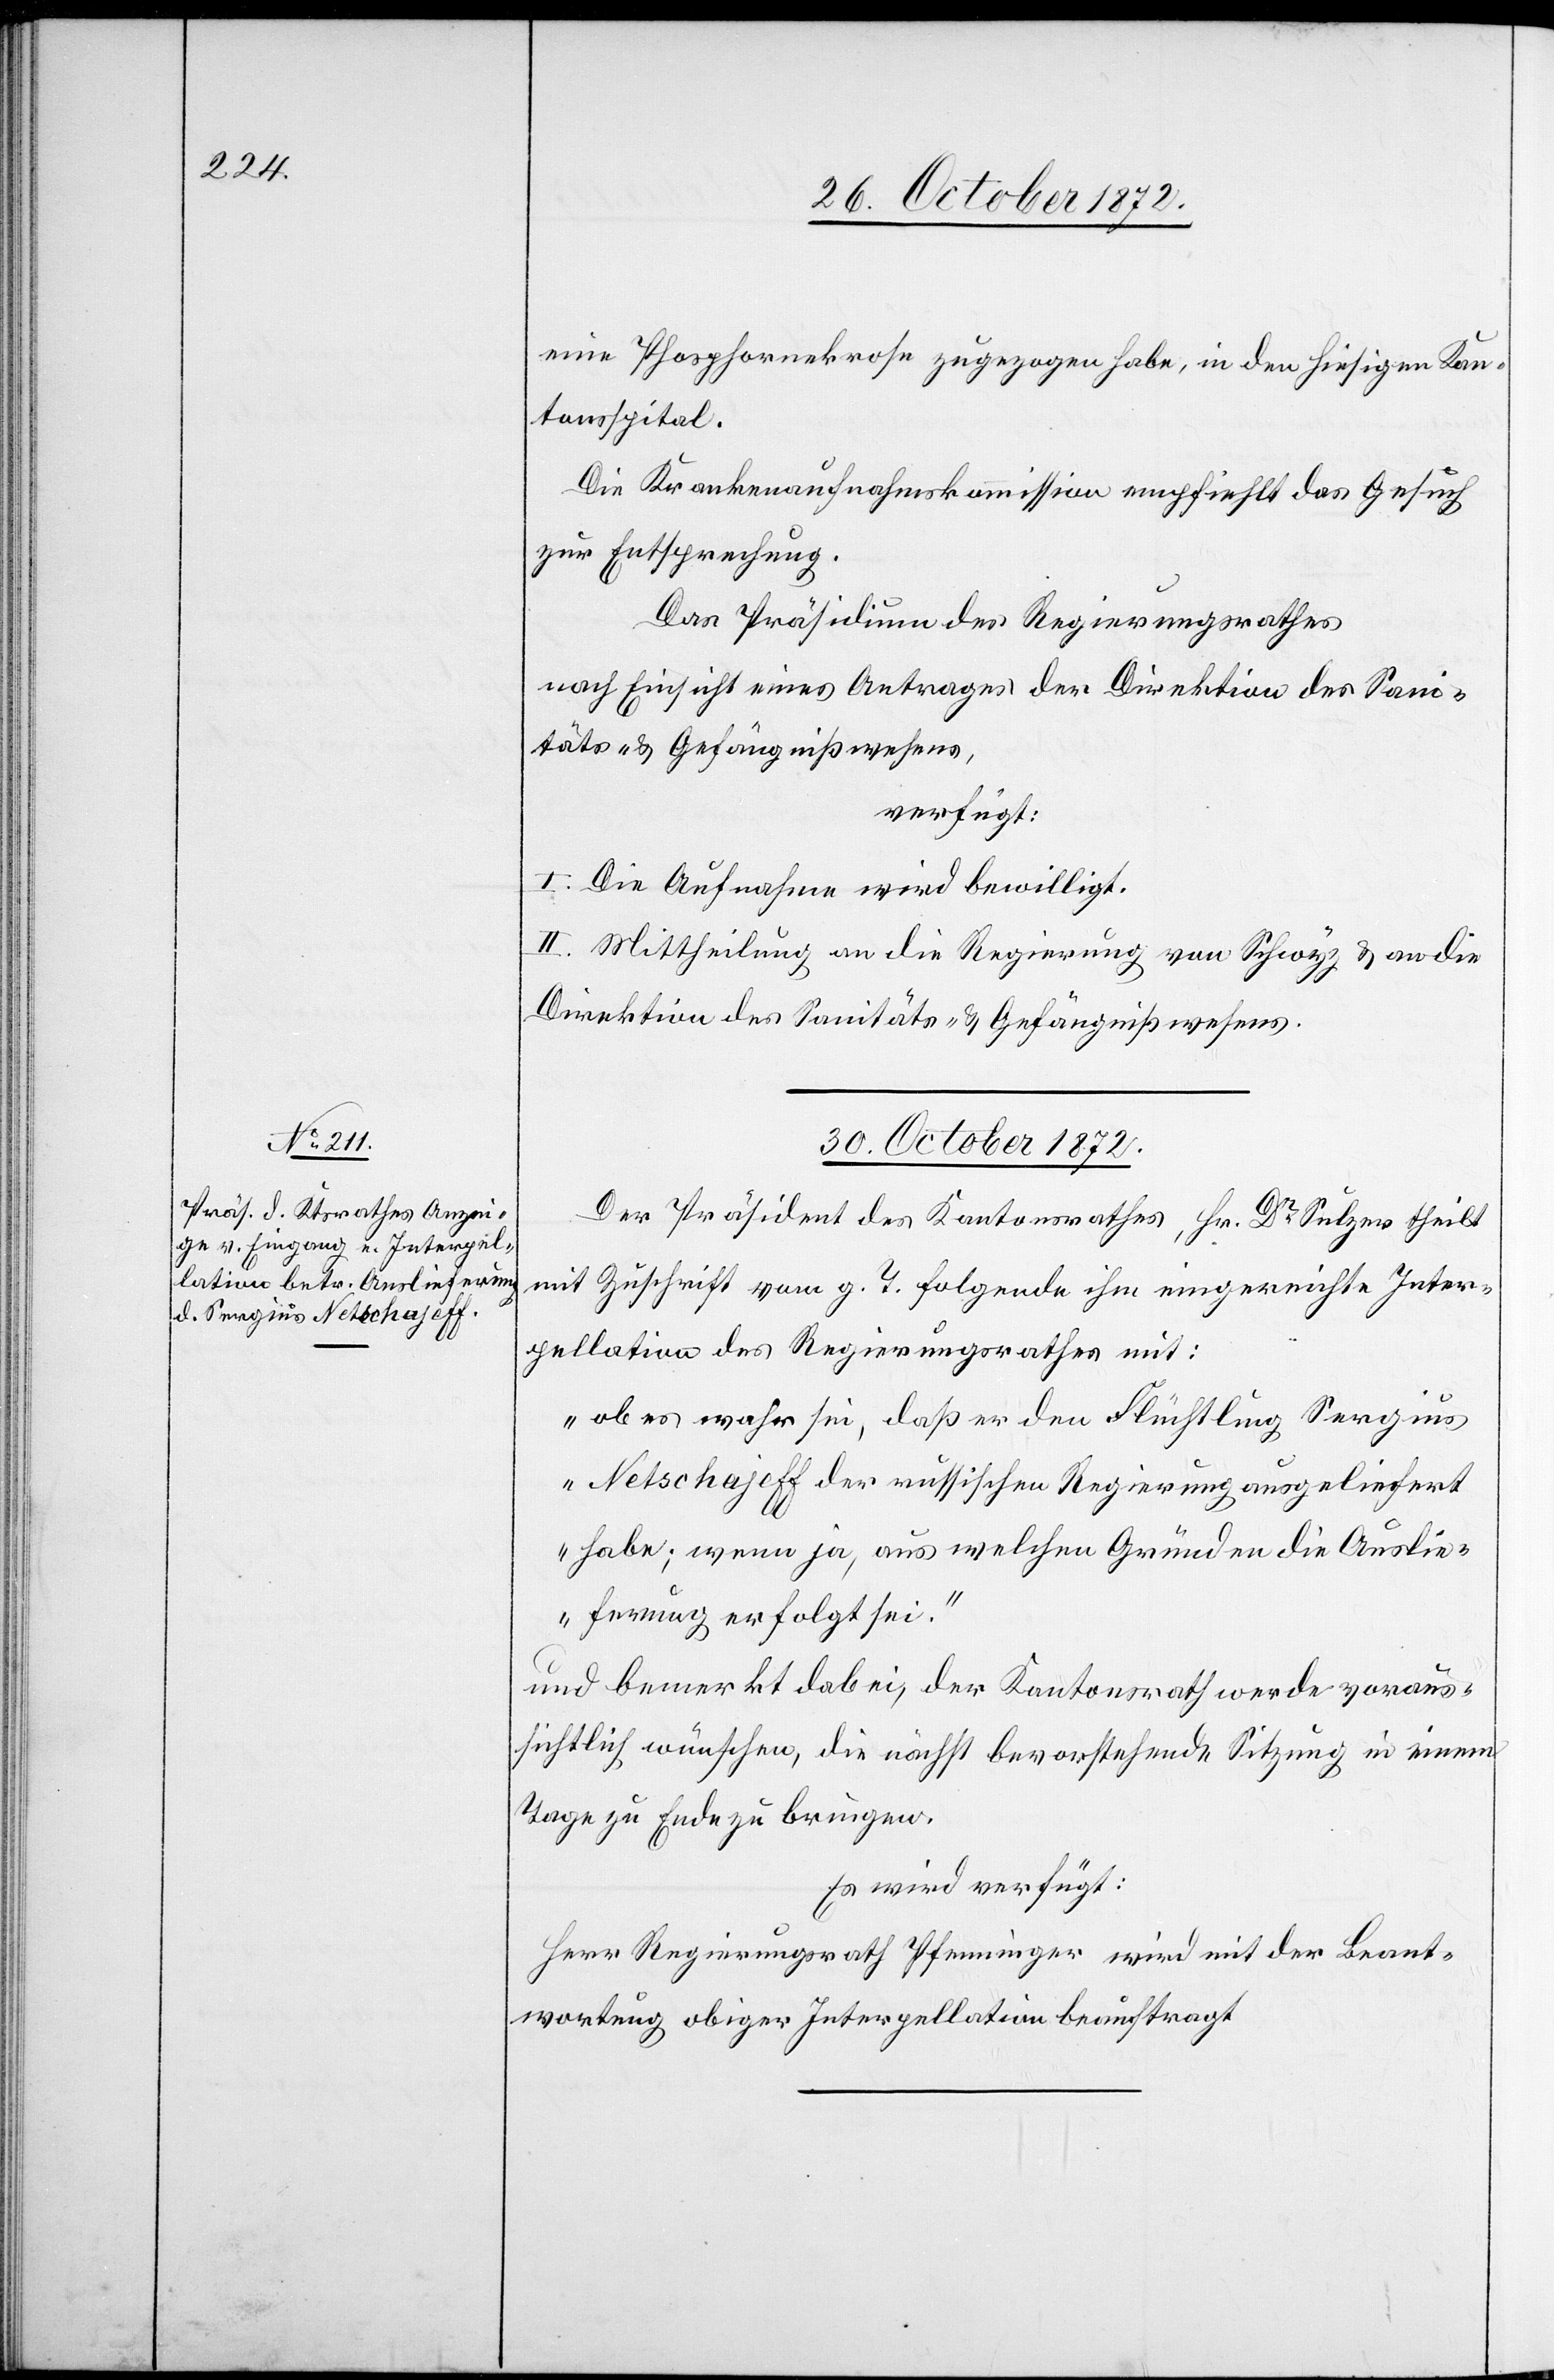
eine Phosphornekrose zugezogen habe, in den hiesigen Kan¬
tonsspital.
Die Krankenaufnahmskommission empfiehlt das Gesuch
zur Entsprechung.
Das Präsidium des Regierungsrathes
nach Einsicht eines Antrages der Direktion des Sani¬
täts- u. Gefängnißwesens,
verfügt:
I. Die Aufnahme wird bewilligt.
II. Mittheilung an die Regierung von Schwyz u. an die
Direktion des Sanitäts- u. Gefängnißwesens.
30. October 1872.]
Der Präsident des Kantonsrathes, Hr. Dr Sulzer theilt
mit Zuschrift vom g. T. folgende ihm eingereichte Inter¬
pellation des Regierungsrathes mit:
„ob es wahr sei, daß er den Flüchtling Sergius
Netschajeff der russischen Regierung ausgeliefert
habe; wenn ja, aus welchen Gründen die Auslie¬
ferung erfolgt sei.“
und bemerkt dabei, der Kantonsrath werde voraus¬
sichtlich wünschen, die nächst bevorstehende Sitzung in einem
Tage zu Ende zu bringen.
Es wird verfügt:
Herr Regierungsrath Pfenninger wird mit der Beant¬
wortung obiger Interpellation beauftragt.